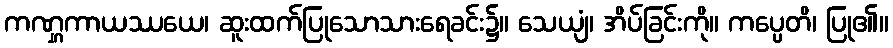
ကဏ္ဋကာယဿယေ၊ ဆူးထက်ပြုသောသားရေခင်း၌။ သေယျံ၊ အိပ်ခြင်းကို။ ကပ္ပေတိ၊ ပြု၏။